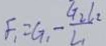
F _ { 1 } = G _ { 1 } - \frac { G _ { 2 } l _ { 2 } } { L _ { 1 } }